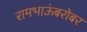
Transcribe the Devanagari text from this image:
रामभाऊंबरोबर